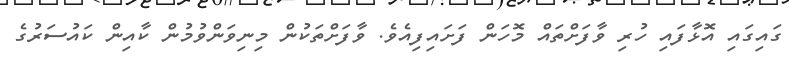
ގައިގައި އޮޅާފައި ހުރި ވާފަށްތައް މޮހަން ފަށައިފިއެވެ. ވާފަށްތަކުން މިނިވަންވުމުން ކާއިން ކައުސަރުގެ